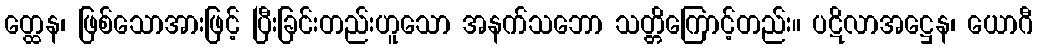
တ္ထေန၊ ဖြစ်သောအားဖြင့် ပြီးခြင်းတည်းဟူသော အနက်သဘော သတ္တိကြောင့်တည်း။ ပဋိလာအဋ္ဌေန၊ ယောဂီ